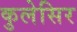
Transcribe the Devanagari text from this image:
कुलेसिर